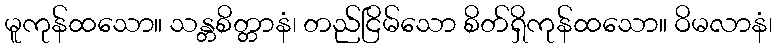
မူကုန်ထသော။ သန္တစိတ္တာနံ၊ တည်ငြိမ်သော စိတ်ရှိကုန်ထသော။ ဝိမလာနံ၊